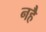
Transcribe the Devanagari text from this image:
नहै